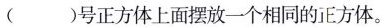
( )号正方体上面摆放一个相同的正方体。